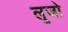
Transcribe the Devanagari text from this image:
लूजो